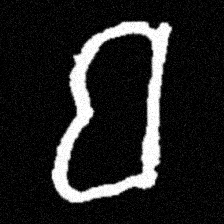
Pyu character \u2014 Myanmar letter: ဗ (romanized: ba)